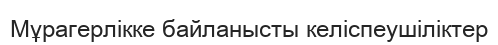
Мұрагерлікке байланысты келіспеушіліктер